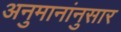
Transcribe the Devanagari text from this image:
अनुमानांनुसार